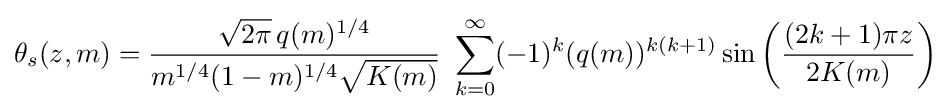
\theta _{s}(z,m)={\frac {{\sqrt {2\pi }}\,q(m)^{1/4}}{m^{1/4}(1-m)^{1/4}{\sqrt {K(m)}}}}\,\,\sum _{k=0}^{\infty }(-1)^{k}(q(m))^{k(k+1)}\sin \left({\frac {(2k+1)\pi z}{2K(m)}}\right)